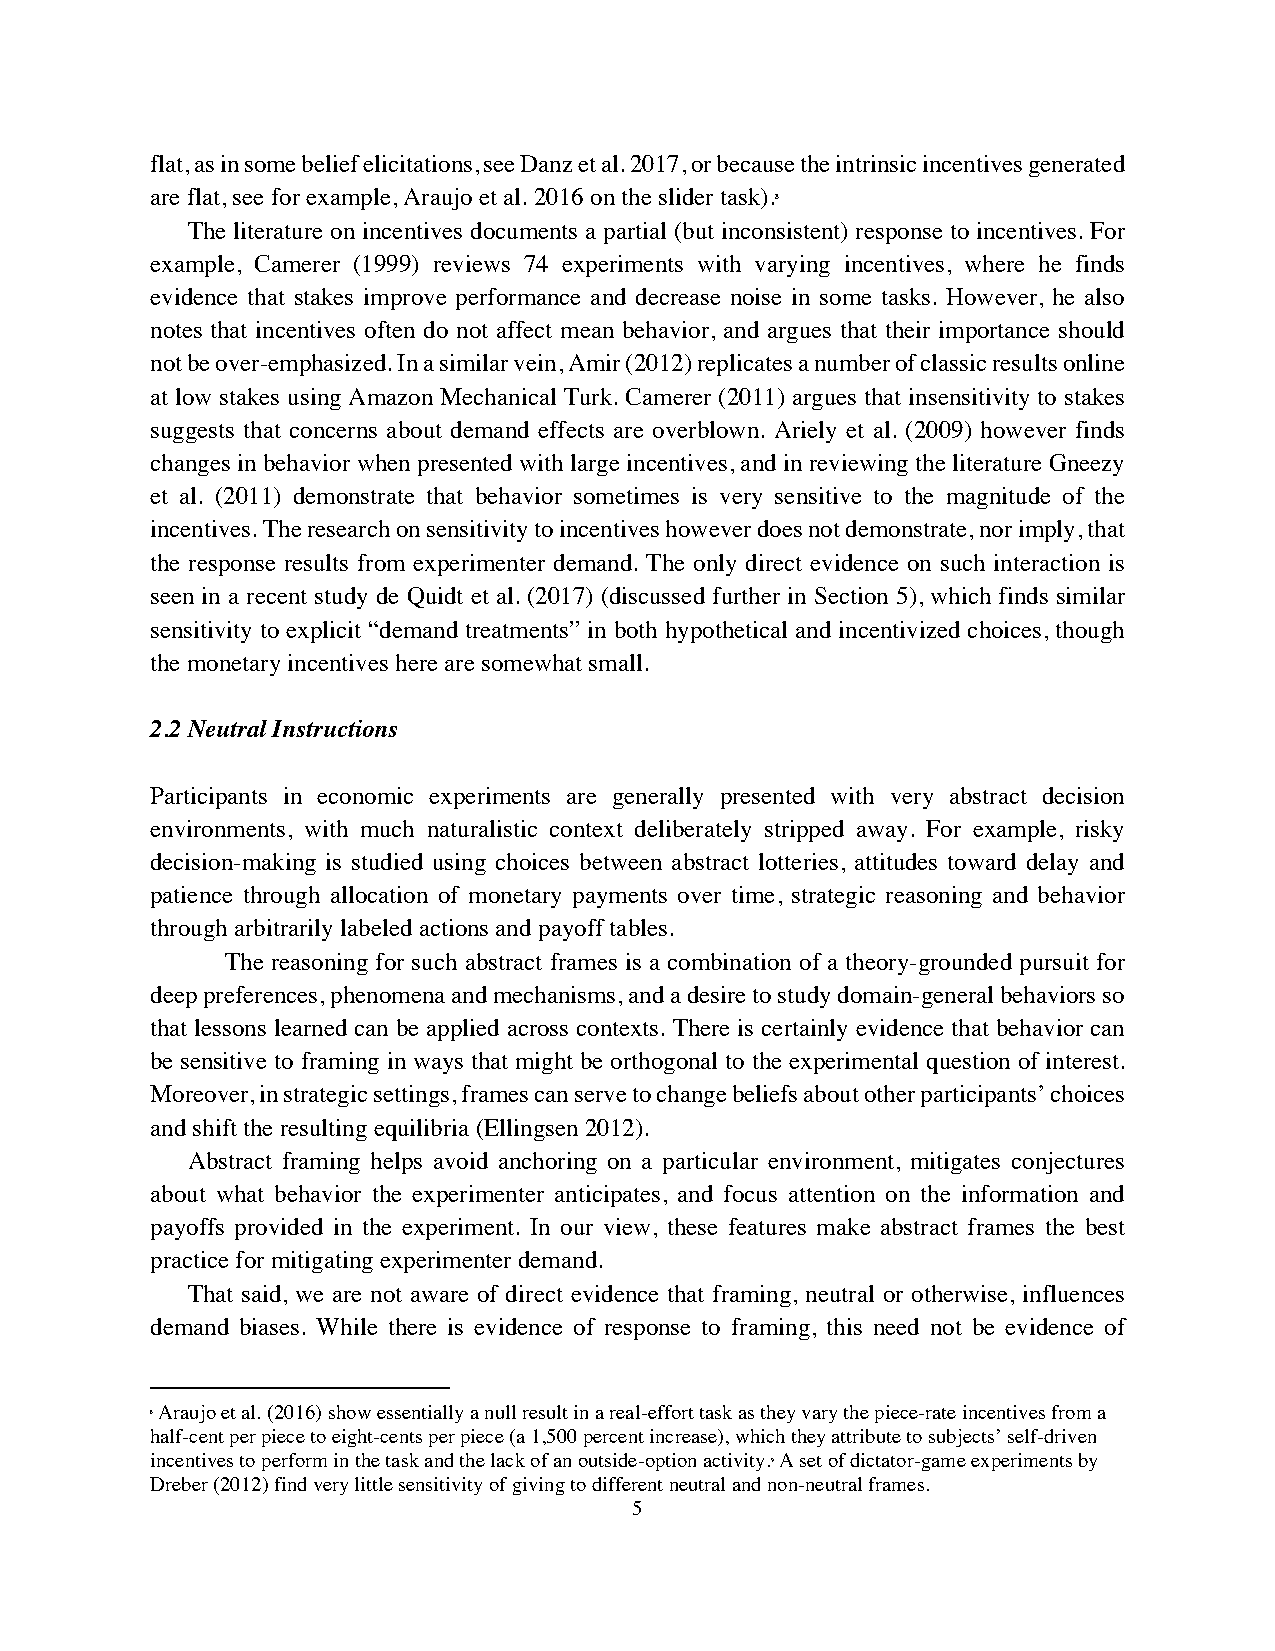
flat, as in some belief elicitations, see Danz et al. 2017, or because the intrinsic incentives generated
 are flat, see for example, Araujo et al. 2016 on the slider task).8
 The literature on incentives documents a partial (but inconsistent) response to incentives. For
 example, Camerer (1999) reviews 74 experiments with varying incentives, where he finds
 evidence that stakes improve performance and decrease noise in some tasks. However, he also
 notes that incentives often do not affect mean behavior, and argues that their importance should
 not be over-emphasized. In a similar vein, Amir (2012) replicates a number of classic results online
 at low stakes using Amazon Mechanical Turk. Camerer (2011) argues that insensitivity to stakes
 suggests that concerns about demand effects are overblown. Ariely et al. (2009) however finds
 changes in behavior when presented with large incentives, and in reviewing the literature Gneezy
 et al. (2011) demonstrate that behavior sometimes is very sensitive to the magnitude of the
 incentives. The research on sensitivity to incentives however does not demonstrate, nor imply, that
 the response results from experimenter demand. The only direct evidence on such interaction is
 seen in a recent study de Quidt et al. (2017) (discussed further in Section 5), which finds similar
 sensitivity to explicit “demand treatments” in both hypothetical and incentivized choices, though
 the monetary incentives here are somewhat small.
 2.2 Neutral Instructions
 Participants in economic experiments are generally presented with very abstract decision
 environments, with much naturalistic context deliberately stripped away. For example, risky
 decision-making is studied using choices between abstract lotteries, attitudes toward delay and
 patience through allocation of monetary payments over time, strategic reasoning and behavior
 through arbitrarily labeled actions and payoff tables.
 The reasoning for such abstract frames is a combination of a theory-grounded pursuit for
 deep preferences, phenomena and mechanisms, and a desire to study domain-general behaviors so
 that lessons learned can be applied across contexts. There is certainly evidence that behavior can
 be sensitive to framing in ways that might be orthogonal to the experimental question of interest.
 Moreover, in strategic settings, frames can serve to change beliefs about other participants’ choices
 and shift the resulting equilibria (Ellingsen 2012).
 Abstract framing helps avoid anchoring on a particular environment, mitigates conjectures
 about what behavior the experimenter anticipates, and focus attention on the information and
 payoffs provided in the experiment. In our view, these features make abstract frames the best
 practice for mitigating experimenter demand.
 That said, we are not aware of direct evidence that framing, neutral or otherwise, influences
 demand biases. While there is evidence of response to framing, this need not be evidence of
 8 Araujo et al. (2016) show essentially a null result in a real-effort task as they vary the piece-rate incentives from a
 half-cent per piece to eight-cents per piece (a 1,500 percent increase), which they attribute to subjects’ self-driven
 incentives to perform in the task and the lack of an outside-option activity.9 A set of dictator-game experiments by
 Dreber (2012) find very little sensitivity of giving to different neutral and non-neutral frames.
 5